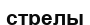
стрелы